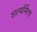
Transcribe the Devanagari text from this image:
शल्यर्निरण